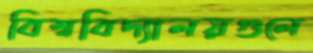
বিশ্ববিদ্যালয়গুলে